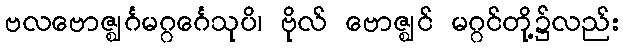
ဗလဗောဇ္ဈင်္ဂမဂ္ဂင်္ဂေသုပိ၊ ဗိုလ် ဗောဇ္ဈင် မဂ္ဂင်တို့၌လည်း